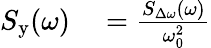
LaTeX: \begin{array}{rl}{S_{\mathrm{y}}(\omega)}&{{}=\frac{S_{\Delta\omega}(\omega)}{\omega_{0}^{2}}}\end{array}